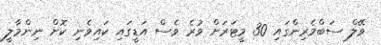
ވޭލް ސަބްމެރިންގައި 30 މީޓަރަށް ވުރެ ވެސް އަޑީގައި ކައިވެނި ކޮށް ނިންމާލީ